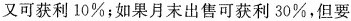
又可获利10%；如果月末出售可获利30%，但要